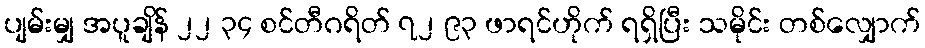
ပျမ်းမျှ အပူချိန် ၂၂ ၃၄ စင်တီဂရိတ် ၇၂ ၉၃ ဖာရင်ဟိုက် ရရှိပြီး သမိုင်း တစ်လျှောက်